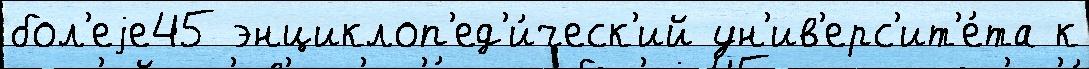
бол'еjе45 энциклоп'ед'и́ческ'ий ун'ив'ерс'ит'е́та к